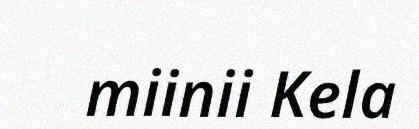
miinii Kela